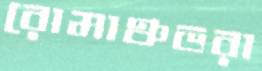
রোমাঞ্চভরা